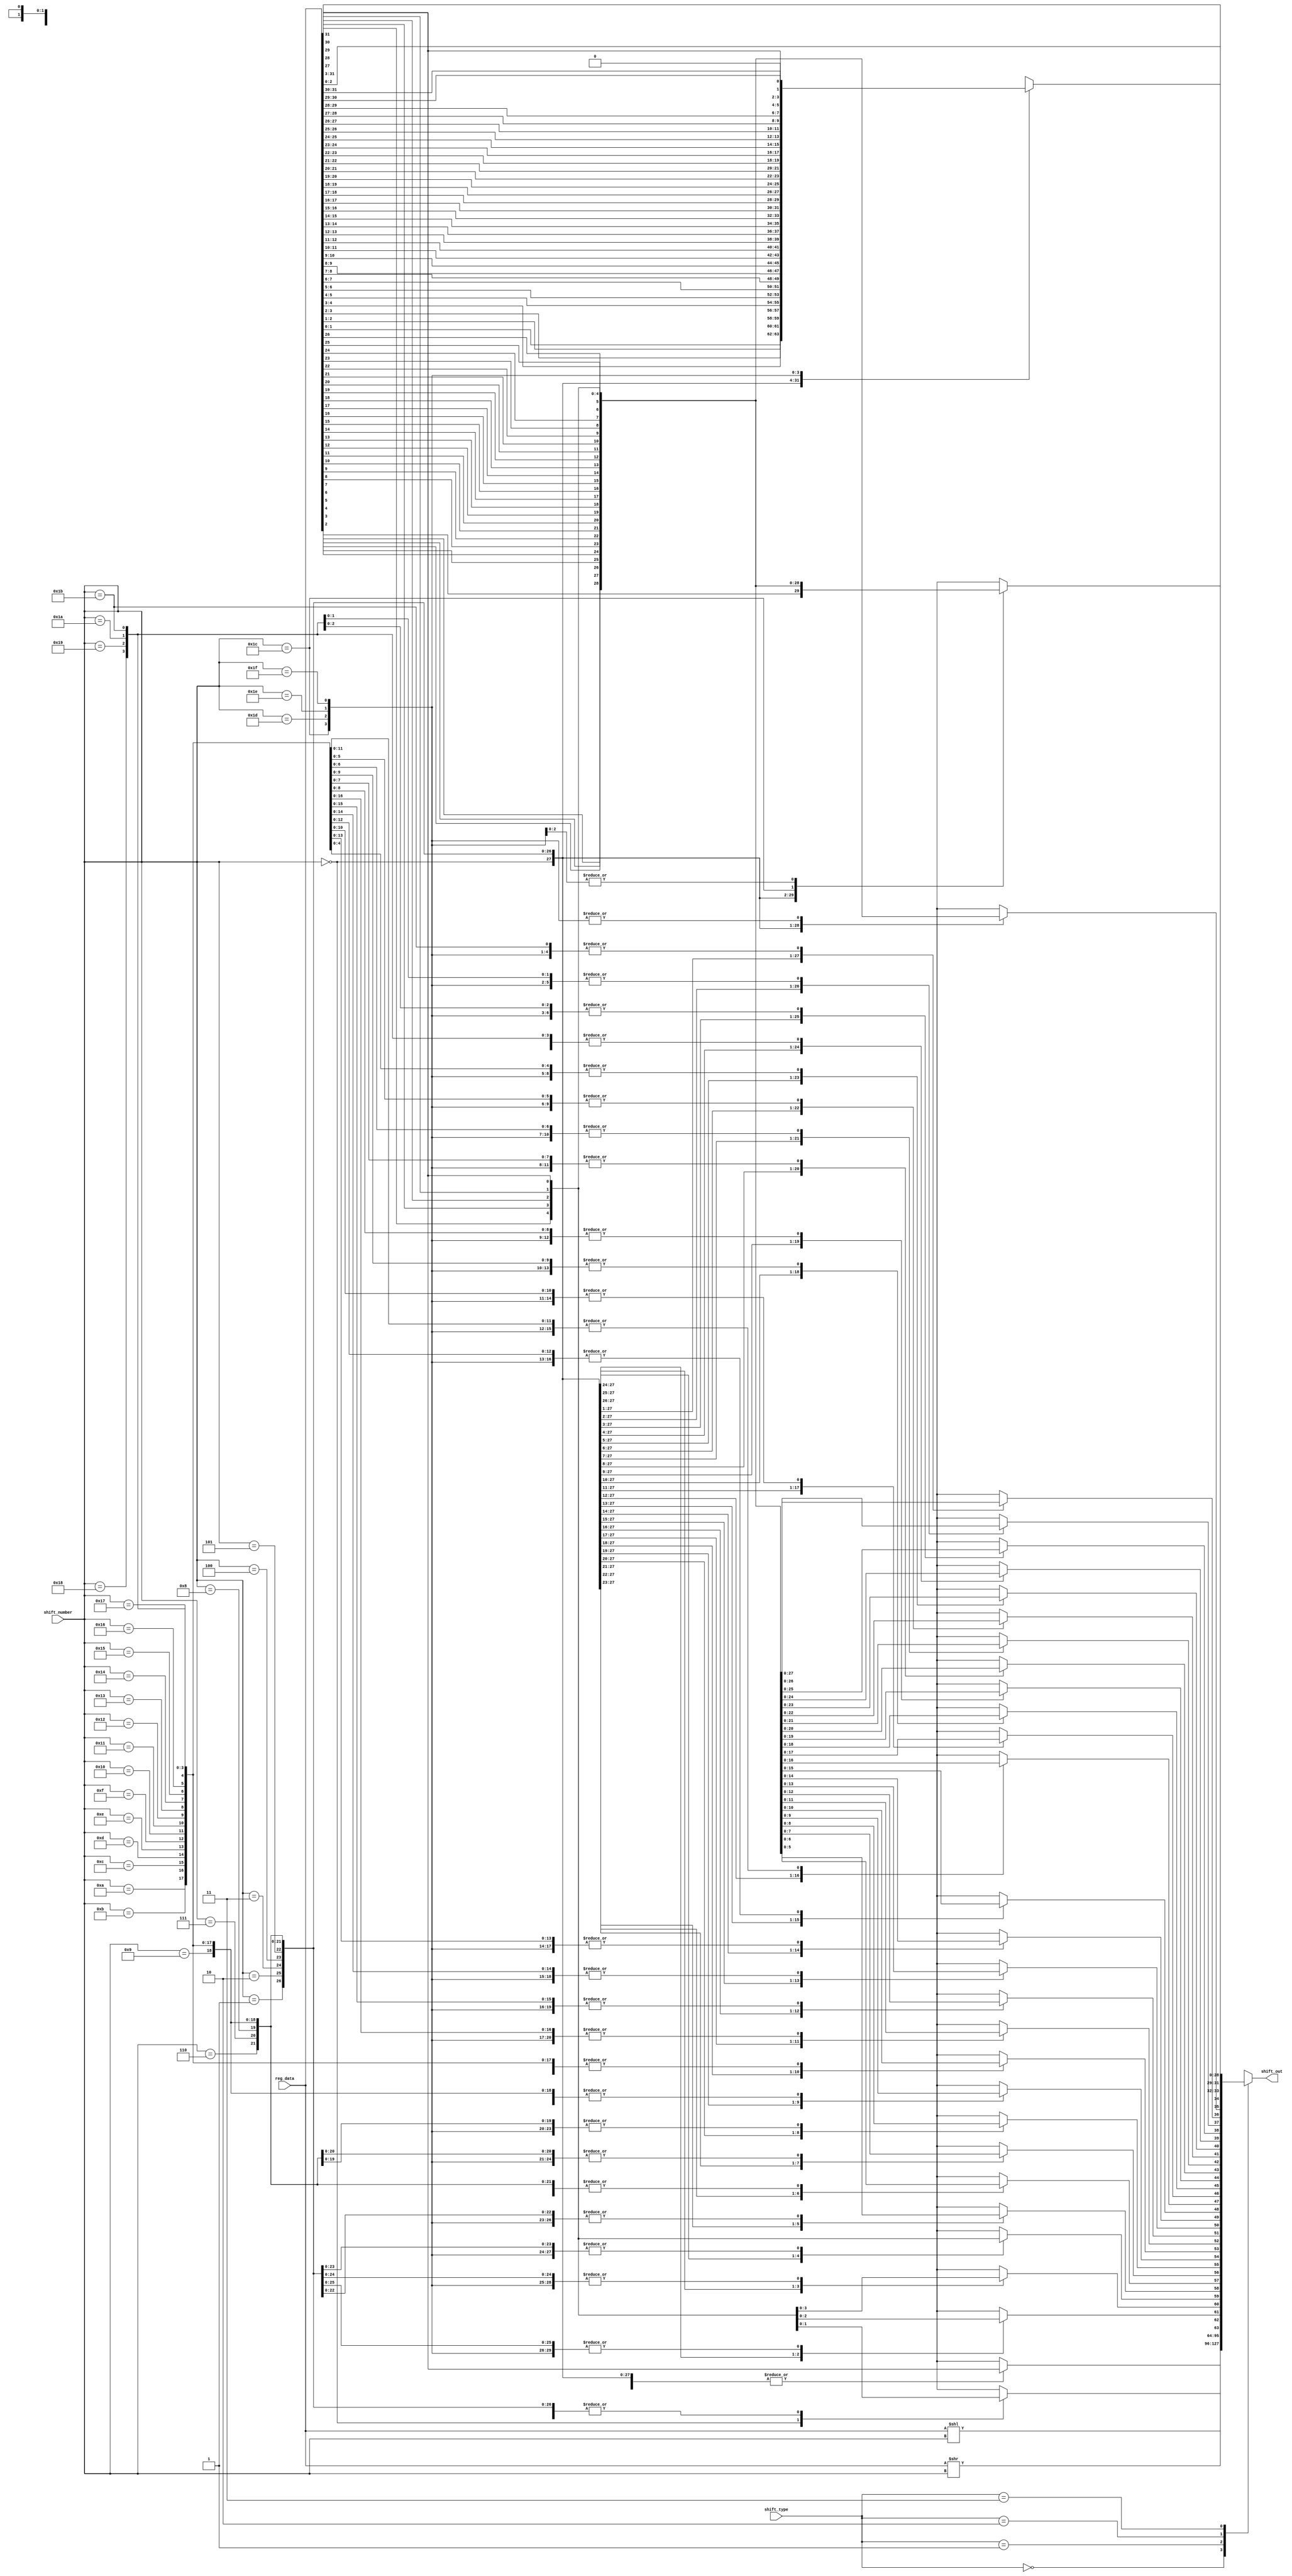
module shift(shift_type,shift_number,reg_data,shift_out);

input [1:0]shift_type;
input [4:0]shift_number;
input [31:0]reg_data;
output [31:0]shift_out;


reg [31:0]shift_out;
reg [31:0]temp;
reg [31:0]temp2,temp3;


always@(*)begin

temp=reg_data;
	case(shift_type)
		2'b00:
				shift_out=temp<<shift_number;
		2'b01:
				shift_out=temp>>shift_number;
		2'b10:begin
				case(shift_number)
				5'b00000:shift_out=reg_data;
				5'b00001:begin
							shift_out=temp>>1;
							shift_out[31]=reg_data[31];
							end
				5'b00010:begin
							shift_out=temp>>2;
							shift_out[31]=reg_data[31];
							shift_out[30]=reg_data[31];
							end
				5'b00011:begin
							shift_out=temp>>3;
							shift_out[31]=reg_data[31];
							shift_out[30]=reg_data[31];
							shift_out[29]=reg_data[31];
							end
				5'b00100:begin
							shift_out=temp>>4;
							shift_out[31]=reg_data[31];
							shift_out[30]=reg_data[31];
							shift_out[29]=reg_data[31];
							shift_out[28]=reg_data[31];
							end
				5'b00101:begin
							shift_out=temp>>5;
							shift_out[31]=reg_data[31];
							shift_out[30]=reg_data[31];
							shift_out[29]=reg_data[31];
							shift_out[28]=reg_data[31];
							shift_out[27]=reg_data[31];
							end
				5'b00110:begin
							shift_out=temp>>6;
							shift_out[31]=reg_data[31];
							shift_out[30]=reg_data[31];
							shift_out[29]=reg_data[31];
							shift_out[28]=reg_data[31];
							shift_out[27]=reg_data[31];
							shift_out[26]=reg_data[31];
							end
				5'b00111:begin
							shift_out=temp>>7;
							shift_out[31]=reg_data[31];
							shift_out[30]=reg_data[31];
							shift_out[29]=reg_data[31];
							shift_out[28]=reg_data[31];
							shift_out[27]=reg_data[31];
							shift_out[26]=reg_data[31];
							shift_out[25]=reg_data[31];
							end
				5'b01000:begin
							shift_out=temp>>8;
							shift_out[31]=reg_data[31];
							shift_out[30]=reg_data[31];
							shift_out[29]=reg_data[31];
							shift_out[28]=reg_data[31];
							shift_out[27]=reg_data[31];
							shift_out[26]=reg_data[31];
							shift_out[25]=reg_data[31];
							shift_out[24]=reg_data[31];
							end
				5'b01001:begin
							shift_out=temp>>9;
							shift_out[31]=reg_data[31];
							shift_out[30]=reg_data[31];
							shift_out[29]=reg_data[31];
							shift_out[28]=reg_data[31];
							shift_out[27]=reg_data[31];
							shift_out[26]=reg_data[31];
							shift_out[25]=reg_data[31];
							shift_out[24]=reg_data[31];
							shift_out[23]=reg_data[31];
							end
				5'b01010:begin
							shift_out=temp>>10;
							shift_out[31]=reg_data[31];
							shift_out[30]=reg_data[31];
							shift_out[29]=reg_data[31];
							shift_out[28]=reg_data[31];
							shift_out[27]=reg_data[31];
							shift_out[26]=reg_data[31];
							shift_out[25]=reg_data[31];
							shift_out[24]=reg_data[31];
							shift_out[23]=reg_data[31];
							shift_out[22]=reg_data[31];
							end
				5'b01011:begin
							shift_out=temp>>11;
							shift_out[31]=reg_data[31];
							shift_out[30]=reg_data[31];
							shift_out[29]=reg_data[31];
							shift_out[28]=reg_data[31];
							shift_out[27]=reg_data[31];
							shift_out[26]=reg_data[31];
							shift_out[25]=reg_data[31];
							shift_out[24]=reg_data[31];
							shift_out[23]=reg_data[31];
							shift_out[22]=reg_data[31];
							shift_out[21]=reg_data[31];
							end
				5'b01100:begin
							shift_out=temp>>12;
							shift_out[31]=reg_data[31];
							shift_out[30]=reg_data[31];
							shift_out[29]=reg_data[31];
							shift_out[28]=reg_data[31];
							shift_out[27]=reg_data[31];
							shift_out[26]=reg_data[31];
							shift_out[25]=reg_data[31];
							shift_out[24]=reg_data[31];
							shift_out[23]=reg_data[31];
							shift_out[22]=reg_data[31];
							shift_out[21]=reg_data[31];
							shift_out[20]=reg_data[31];
							end
				5'b01101:begin
							shift_out=temp>>13;
							shift_out[31]=reg_data[31];
							shift_out[30]=reg_data[31];
							shift_out[29]=reg_data[31];
							shift_out[28]=reg_data[31];
							shift_out[27]=reg_data[31];
							shift_out[26]=reg_data[31];
							shift_out[25]=reg_data[31];
							shift_out[24]=reg_data[31];
							shift_out[23]=reg_data[31];
							shift_out[22]=reg_data[31];
							shift_out[21]=reg_data[31];
							shift_out[20]=reg_data[31];
							shift_out[19]=reg_data[31];
							end
				5'b01110:begin
							shift_out=temp>>14;
							shift_out[31]=reg_data[31];
							shift_out[30]=reg_data[31];
							shift_out[29]=reg_data[31];
							shift_out[28]=reg_data[31];
							shift_out[27]=reg_data[31];
							shift_out[26]=reg_data[31];
							shift_out[25]=reg_data[31];
							shift_out[24]=reg_data[31];
							shift_out[23]=reg_data[31];
							shift_out[22]=reg_data[31];
							shift_out[21]=reg_data[31];
							shift_out[20]=reg_data[31];
							shift_out[19]=reg_data[31];
							shift_out[18]=reg_data[31];
							end
				5'b01111:begin
							shift_out=temp>>15;
							shift_out[31]=reg_data[31];
							shift_out[30]=reg_data[31];
							shift_out[29]=reg_data[31];
							shift_out[28]=reg_data[31];
							shift_out[27]=reg_data[31];
							shift_out[26]=reg_data[31];
							shift_out[25]=reg_data[31];
							shift_out[24]=reg_data[31];
							shift_out[23]=reg_data[31];
							shift_out[22]=reg_data[31];
							shift_out[21]=reg_data[31];
							shift_out[20]=reg_data[31];
							shift_out[19]=reg_data[31];
							shift_out[18]=reg_data[31];
							shift_out[17]=reg_data[31];
							end
				5'b10000:begin
							shift_out=temp>>16;
							shift_out[31]=reg_data[31];
							shift_out[30]=reg_data[31];
							shift_out[29]=reg_data[31];
							shift_out[28]=reg_data[31];
							shift_out[27]=reg_data[31];
							shift_out[26]=reg_data[31];
							shift_out[25]=reg_data[31];
							shift_out[24]=reg_data[31];
							shift_out[23]=reg_data[31];
							shift_out[22]=reg_data[31];
							shift_out[21]=reg_data[31];
							shift_out[20]=reg_data[31];
							shift_out[19]=reg_data[31];
							shift_out[18]=reg_data[31];
							shift_out[17]=reg_data[31];
							shift_out[16]=reg_data[31];
							end
				5'b10001:begin
							shift_out=temp>>17;
							shift_out[31]=reg_data[31];
							shift_out[30]=reg_data[31];
							shift_out[29]=reg_data[31];
							shift_out[28]=reg_data[31];
							shift_out[27]=reg_data[31];
							shift_out[26]=reg_data[31];
							shift_out[25]=reg_data[31];
							shift_out[24]=reg_data[31];
							shift_out[23]=reg_data[31];
							shift_out[22]=reg_data[31];
							shift_out[21]=reg_data[31];
							shift_out[20]=reg_data[31];
							shift_out[19]=reg_data[31];
							shift_out[18]=reg_data[31];
							shift_out[17]=reg_data[31];
							shift_out[16]=reg_data[31];
							shift_out[15]=reg_data[31];
							end
				5'b10010:begin
							shift_out=temp>>18;
							shift_out[31]=reg_data[31];
							shift_out[30]=reg_data[31];
							shift_out[29]=reg_data[31];
							shift_out[28]=reg_data[31];
							shift_out[27]=reg_data[31];
							shift_out[26]=reg_data[31];
							shift_out[25]=reg_data[31];
							shift_out[24]=reg_data[31];
							shift_out[23]=reg_data[31];
							shift_out[22]=reg_data[31];
							shift_out[21]=reg_data[31];
							shift_out[20]=reg_data[31];
							shift_out[19]=reg_data[31];
							shift_out[18]=reg_data[31];
							shift_out[17]=reg_data[31];
							shift_out[16]=reg_data[31];
							shift_out[15]=reg_data[31];
							shift_out[14]=reg_data[31];
							end
				5'b10011:begin
							shift_out=temp>>19;
							shift_out[31]=reg_data[31];
							shift_out[30]=reg_data[31];
							shift_out[29]=reg_data[31];
							shift_out[28]=reg_data[31];
							shift_out[27]=reg_data[31];
							shift_out[26]=reg_data[31];
							shift_out[25]=reg_data[31];
							shift_out[24]=reg_data[31];
							shift_out[23]=reg_data[31];
							shift_out[22]=reg_data[31];
							shift_out[21]=reg_data[31];
							shift_out[20]=reg_data[31];
							shift_out[19]=reg_data[31];
							shift_out[18]=reg_data[31];
							shift_out[17]=reg_data[31];
							shift_out[16]=reg_data[31];
							shift_out[15]=reg_data[31];
							shift_out[14]=reg_data[31];
							shift_out[13]=reg_data[31];
							end
				5'b10100:begin
							shift_out=temp>>20;
							shift_out[31]=reg_data[31];
							shift_out[30]=reg_data[31];
							shift_out[29]=reg_data[31];
							shift_out[28]=reg_data[31];
							shift_out[27]=reg_data[31];
							shift_out[26]=reg_data[31];
							shift_out[25]=reg_data[31];
							shift_out[24]=reg_data[31];
							shift_out[23]=reg_data[31];
							shift_out[22]=reg_data[31];
							shift_out[21]=reg_data[31];
							shift_out[20]=reg_data[31];
							shift_out[19]=reg_data[31];
							shift_out[18]=reg_data[31];
							shift_out[17]=reg_data[31];
							shift_out[16]=reg_data[31];
							shift_out[15]=reg_data[31];
							shift_out[14]=reg_data[31];
							shift_out[13]=reg_data[31];
							shift_out[12]=reg_data[31];
							end
				5'b10101:begin
							shift_out=temp>>21;
							shift_out[31]=reg_data[31];
							shift_out[30]=reg_data[31];
							shift_out[29]=reg_data[31];
							shift_out[28]=reg_data[31];
							shift_out[27]=reg_data[31];
							shift_out[26]=reg_data[31];
							shift_out[25]=reg_data[31];
							shift_out[24]=reg_data[31];
							shift_out[23]=reg_data[31];
							shift_out[22]=reg_data[31];
							shift_out[21]=reg_data[31];
							shift_out[20]=reg_data[31];
							shift_out[19]=reg_data[31];
							shift_out[18]=reg_data[31];
							shift_out[17]=reg_data[31];
							shift_out[16]=reg_data[31];
							shift_out[15]=reg_data[31];
							shift_out[14]=reg_data[31];
							shift_out[13]=reg_data[31];
							shift_out[12]=reg_data[31];
							shift_out[11]=reg_data[31];
							end
				5'b10110:begin
							shift_out=temp>>22;
							shift_out[31]=reg_data[31];
							shift_out[30]=reg_data[31];
							shift_out[29]=reg_data[31];
							shift_out[28]=reg_data[31];
							shift_out[27]=reg_data[31];
							shift_out[26]=reg_data[31];
							shift_out[25]=reg_data[31];
							shift_out[24]=reg_data[31];
							shift_out[23]=reg_data[31];
							shift_out[22]=reg_data[31];
							shift_out[21]=reg_data[31];
							shift_out[20]=reg_data[31];
							shift_out[19]=reg_data[31];
							shift_out[18]=reg_data[31];
							shift_out[17]=reg_data[31];
							shift_out[16]=reg_data[31];
							shift_out[15]=reg_data[31];
							shift_out[14]=reg_data[31];
							shift_out[13]=reg_data[31];
							shift_out[12]=reg_data[31];
							shift_out[11]=reg_data[31];
							shift_out[10]=reg_data[31];
							end
				5'b10111:begin
							shift_out=temp>>23;
							shift_out[31]=reg_data[31];
							shift_out[30]=reg_data[31];
							shift_out[29]=reg_data[31];
							shift_out[28]=reg_data[31];
							shift_out[27]=reg_data[31];
							shift_out[26]=reg_data[31];
							shift_out[25]=reg_data[31];
							shift_out[24]=reg_data[31];
							shift_out[23]=reg_data[31];
							shift_out[22]=reg_data[31];
							shift_out[21]=reg_data[31];
							shift_out[20]=reg_data[31];
							shift_out[19]=reg_data[31];
							shift_out[18]=reg_data[31];
							shift_out[17]=reg_data[31];
							shift_out[16]=reg_data[31];
							shift_out[15]=reg_data[31];
							shift_out[14]=reg_data[31];
							shift_out[13]=reg_data[31];
							shift_out[12]=reg_data[31];
							shift_out[11]=reg_data[31];
							shift_out[10]=reg_data[31];
							shift_out[9]=reg_data[31];
							end
				5'b11000:begin
							shift_out=temp>>24;
							shift_out[31]=reg_data[31];
							shift_out[30]=reg_data[31];
							shift_out[29]=reg_data[31];
							shift_out[28]=reg_data[31];
							shift_out[27]=reg_data[31];
							shift_out[26]=reg_data[31];
							shift_out[25]=reg_data[31];
							shift_out[24]=reg_data[31];
							shift_out[23]=reg_data[31];
							shift_out[22]=reg_data[31];
							shift_out[21]=reg_data[31];
							shift_out[20]=reg_data[31];
							shift_out[19]=reg_data[31];
							shift_out[18]=reg_data[31];
							shift_out[17]=reg_data[31];
							shift_out[16]=reg_data[31];
							shift_out[15]=reg_data[31];
							shift_out[14]=reg_data[31];
							shift_out[13]=reg_data[31];
							shift_out[12]=reg_data[31];
							shift_out[11]=reg_data[31];
							shift_out[10]=reg_data[31];
							shift_out[9]=reg_data[31];
							shift_out[8]=reg_data[31];
							end
				5'b11001:begin
							shift_out=temp>>25;
							shift_out[31]=reg_data[31];
							shift_out[30]=reg_data[31];
							shift_out[29]=reg_data[31];
							shift_out[28]=reg_data[31];
							shift_out[27]=reg_data[31];
							shift_out[26]=reg_data[31];
							shift_out[25]=reg_data[31];
							shift_out[24]=reg_data[31];
							shift_out[23]=reg_data[31];
							shift_out[22]=reg_data[31];
							shift_out[21]=reg_data[31];
							shift_out[20]=reg_data[31];
							shift_out[19]=reg_data[31];
							shift_out[18]=reg_data[31];
							shift_out[17]=reg_data[31];
							shift_out[16]=reg_data[31];
							shift_out[15]=reg_data[31];
							shift_out[14]=reg_data[31];
							shift_out[13]=reg_data[31];
							shift_out[12]=reg_data[31];
							shift_out[11]=reg_data[31];
							shift_out[10]=reg_data[31];
							shift_out[9]=reg_data[31];
							shift_out[8]=reg_data[31];
							shift_out[7]=reg_data[31];
							end
				5'b11010:begin
							shift_out=temp>>26;
							shift_out[31]=reg_data[31];
							shift_out[30]=reg_data[31];
							shift_out[29]=reg_data[31];
							shift_out[28]=reg_data[31];
							shift_out[27]=reg_data[31];
							shift_out[26]=reg_data[31];
							shift_out[25]=reg_data[31];
							shift_out[24]=reg_data[31];
							shift_out[23]=reg_data[31];
							shift_out[22]=reg_data[31];
							shift_out[21]=reg_data[31];
							shift_out[20]=reg_data[31];
							shift_out[19]=reg_data[31];
							shift_out[18]=reg_data[31];
							shift_out[17]=reg_data[31];
							shift_out[16]=reg_data[31];
							shift_out[15]=reg_data[31];
							shift_out[14]=reg_data[31];
							shift_out[13]=reg_data[31];
							shift_out[12]=reg_data[31];
							shift_out[11]=reg_data[31];
							shift_out[10]=reg_data[31];
							shift_out[9]=reg_data[31];
							shift_out[8]=reg_data[31];
							shift_out[7]=reg_data[31];
							shift_out[6]=reg_data[31];
							end
				5'b11011:begin
							shift_out=temp>>27;
							shift_out[31]=reg_data[31];
							shift_out[30]=reg_data[31];
							shift_out[29]=reg_data[31];
							shift_out[28]=reg_data[31];
							shift_out[27]=reg_data[31];
							shift_out[26]=reg_data[31];
							shift_out[25]=reg_data[31];
							shift_out[24]=reg_data[31];
							shift_out[23]=reg_data[31];
							shift_out[22]=reg_data[31];
							shift_out[21]=reg_data[31];
							shift_out[20]=reg_data[31];
							shift_out[19]=reg_data[31];
							shift_out[18]=reg_data[31];
							shift_out[17]=reg_data[31];
							shift_out[16]=reg_data[31];
							shift_out[15]=reg_data[31];
							shift_out[14]=reg_data[31];
							shift_out[13]=reg_data[31];
							shift_out[12]=reg_data[31];
							shift_out[11]=reg_data[31];
							shift_out[10]=reg_data[31];
							shift_out[9]=reg_data[31];
							shift_out[8]=reg_data[31];
							shift_out[7]=reg_data[31];
							shift_out[6]=reg_data[31];
							shift_out[5]=reg_data[31];
							end
				5'b11100:begin
							shift_out=temp>>28;
							shift_out[31]=reg_data[31];
							shift_out[30]=reg_data[31];
							shift_out[29]=reg_data[31];
							shift_out[28]=reg_data[31];
							shift_out[27]=reg_data[31];
							shift_out[26]=reg_data[31];
							shift_out[25]=reg_data[31];
							shift_out[24]=reg_data[31];
							shift_out[23]=reg_data[31];
							shift_out[22]=reg_data[31];
							shift_out[21]=reg_data[31];
							shift_out[20]=reg_data[31];
							shift_out[19]=reg_data[31];
							shift_out[18]=reg_data[31];
							shift_out[17]=reg_data[31];
							shift_out[16]=reg_data[31];
							shift_out[15]=reg_data[31];
							shift_out[14]=reg_data[31];
							shift_out[13]=reg_data[31];
							shift_out[12]=reg_data[31];
							shift_out[11]=reg_data[31];
							shift_out[10]=reg_data[31];
							shift_out[9]=reg_data[31];
							shift_out[8]=reg_data[31];
							shift_out[7]=reg_data[31];
							shift_out[6]=reg_data[31];
							shift_out[5]=reg_data[31];
							shift_out[4]=reg_data[31];
							end
				5'b11101:begin
							shift_out=temp>>29;
							shift_out[31]=reg_data[31];
							shift_out[30]=reg_data[31];
							shift_out[29]=reg_data[31];
							shift_out[28]=reg_data[31];
							shift_out[27]=reg_data[31];
							shift_out[26]=reg_data[31];
							shift_out[25]=reg_data[31];
							shift_out[24]=reg_data[31];
							shift_out[23]=reg_data[31];
							shift_out[22]=reg_data[31];
							shift_out[21]=reg_data[31];
							shift_out[20]=reg_data[31];
							shift_out[19]=reg_data[31];
							shift_out[18]=reg_data[31];
							shift_out[17]=reg_data[31];
							shift_out[16]=reg_data[31];
							shift_out[15]=reg_data[31];
							shift_out[14]=reg_data[31];
							shift_out[13]=reg_data[31];
							shift_out[12]=reg_data[31];
							shift_out[11]=reg_data[31];
							shift_out[10]=reg_data[31];
							shift_out[9]=reg_data[31];
							shift_out[8]=reg_data[31];
							shift_out[7]=reg_data[31];
							shift_out[6]=reg_data[31];
							shift_out[5]=reg_data[31];
							shift_out[4]=reg_data[31];
							shift_out[3]=reg_data[31];
							end		
				5'b11110:begin
							shift_out=temp>>30;
							shift_out[31]=reg_data[31];
							shift_out[30]=reg_data[31];
							shift_out[29]=reg_data[31];
							shift_out[28]=reg_data[31];
							shift_out[27]=reg_data[31];
							shift_out[26]=reg_data[31];
							shift_out[25]=reg_data[31];
							shift_out[24]=reg_data[31];
							shift_out[23]=reg_data[31];
							shift_out[22]=reg_data[31];
							shift_out[21]=reg_data[31];
							shift_out[20]=reg_data[31];
							shift_out[19]=reg_data[31];
							shift_out[18]=reg_data[31];
							shift_out[17]=reg_data[31];
							shift_out[16]=reg_data[31];
							shift_out[15]=reg_data[31];
							shift_out[14]=reg_data[31];
							shift_out[13]=reg_data[31];
							shift_out[12]=reg_data[31];
							shift_out[11]=reg_data[31];
							shift_out[10]=reg_data[31];
							shift_out[9]=reg_data[31];
							shift_out[8]=reg_data[31];
							shift_out[7]=reg_data[31];
							shift_out[6]=reg_data[31];
							shift_out[5]=reg_data[31];
							shift_out[4]=reg_data[31];
							shift_out[3]=reg_data[31];
							shift_out[2]=reg_data[31];
							end	
				5'b11111:begin
							shift_out=temp>>31;
							shift_out[31]=reg_data[31];
							shift_out[30]=reg_data[31];
							shift_out[29]=reg_data[31];
							shift_out[28]=reg_data[31];
							shift_out[27]=reg_data[31];
							shift_out[26]=reg_data[31];
							shift_out[25]=reg_data[31];
							shift_out[24]=reg_data[31];
							shift_out[23]=reg_data[31];
							shift_out[22]=reg_data[31];
							shift_out[21]=reg_data[31];
							shift_out[20]=reg_data[31];
							shift_out[19]=reg_data[31];
							shift_out[18]=reg_data[31];
							shift_out[17]=reg_data[31];
							shift_out[16]=reg_data[31];
							shift_out[15]=reg_data[31];
							shift_out[14]=reg_data[31];
							shift_out[13]=reg_data[31];
							shift_out[12]=reg_data[31];
							shift_out[11]=reg_data[31];
							shift_out[10]=reg_data[31];
							shift_out[9]=reg_data[31];
							shift_out[8]=reg_data[31];
							shift_out[7]=reg_data[31];
							shift_out[6]=reg_data[31];
							shift_out[5]=reg_data[31];
							shift_out[4]=reg_data[31];
							shift_out[3]=reg_data[31];
							shift_out[2]=reg_data[31];
							end									
					endcase
				end
				
		2'b11:begin
				case(shift_type)
				5'b00000:shift_out=reg_data;
				5'b00001:begin
							shift_out=temp>>1;
							shift_out[31]=reg_data[0];
							end
				5'b00010:begin
							shift_out=temp>>2;
							shift_out[31]=reg_data[1];
							shift_out[30]=reg_data[0];
							end
				5'b00011:begin
							shift_out=temp>>3;
							shift_out[31]=reg_data[2];
							shift_out[30]=reg_data[1];
							shift_out[29]=reg_data[0];
							end
				5'b00100:begin
							shift_out=temp>>4;
							shift_out[31]=reg_data[3];
							shift_out[30]=reg_data[2];
							shift_out[29]=reg_data[1];
							shift_out[28]=reg_data[0];
							end
				5'b00101:begin
							shift_out=temp>>5;
							shift_out[31]=reg_data[4];
							shift_out[30]=reg_data[3];
							shift_out[29]=reg_data[2];
							shift_out[28]=reg_data[1];
							shift_out[27]=reg_data[0];
							end
				5'b00110:begin
							shift_out=temp>>6;
							shift_out[31]=reg_data[5];
							shift_out[30]=reg_data[4];
							shift_out[29]=reg_data[3];
							shift_out[28]=reg_data[2];
							shift_out[27]=reg_data[1];
							shift_out[26]=reg_data[0];
							end
				5'b00111:begin
							shift_out=temp>>7;
							shift_out[31]=reg_data[6];
							shift_out[30]=reg_data[5];
							shift_out[29]=reg_data[4];
							shift_out[28]=reg_data[3];
							shift_out[27]=reg_data[2];
							shift_out[26]=reg_data[1];
							shift_out[25]=reg_data[0];
							end
				5'b01000:begin
							shift_out=temp>>8;
							shift_out[31]=reg_data[7];
							shift_out[30]=reg_data[6];
							shift_out[29]=reg_data[5];
							shift_out[28]=reg_data[4];
							shift_out[27]=reg_data[3];
							shift_out[26]=reg_data[2];
							shift_out[25]=reg_data[1];
							shift_out[24]=reg_data[0];
							end
				5'b01001:begin
							shift_out=temp>>9;
							shift_out[31]=reg_data[8];
							shift_out[30]=reg_data[7];
							shift_out[29]=reg_data[6];
							shift_out[28]=reg_data[5];
							shift_out[27]=reg_data[4];
							shift_out[26]=reg_data[3];
							shift_out[25]=reg_data[2];
							shift_out[24]=reg_data[1];
							shift_out[23]=reg_data[0];
							end
				5'b01010:begin
							shift_out=temp>>10;
							shift_out[31]=reg_data[9];
							shift_out[30]=reg_data[8];
							shift_out[29]=reg_data[7];
							shift_out[28]=reg_data[6];
							shift_out[27]=reg_data[5];
							shift_out[26]=reg_data[4];
							shift_out[25]=reg_data[3];
							shift_out[24]=reg_data[2];
							shift_out[23]=reg_data[1];
							shift_out[22]=reg_data[0];
							end
				5'b01011:begin
							shift_out=temp>>11;
							shift_out[31]=reg_data[10];
							shift_out[30]=reg_data[9];
							shift_out[29]=reg_data[8];
							shift_out[28]=reg_data[7];
							shift_out[27]=reg_data[6];
							shift_out[26]=reg_data[5];
							shift_out[25]=reg_data[4];
							shift_out[24]=reg_data[3];
							shift_out[23]=reg_data[2];
							shift_out[22]=reg_data[1];
							shift_out[21]=reg_data[0];
							end
				5'b01100:begin
							shift_out=temp>>12;
							shift_out[31]=reg_data[11];
							shift_out[30]=reg_data[10];
							shift_out[29]=reg_data[9];
							shift_out[28]=reg_data[8];
							shift_out[27]=reg_data[7];
							shift_out[26]=reg_data[6];
							shift_out[25]=reg_data[5];
							shift_out[24]=reg_data[4];
							shift_out[23]=reg_data[3];
							shift_out[22]=reg_data[2];
							shift_out[21]=reg_data[1];
							shift_out[20]=reg_data[0];
							end
				5'b01101:begin
							shift_out=temp>>13;
							shift_out[31]=reg_data[12];
							shift_out[30]=reg_data[11];
							shift_out[29]=reg_data[10];
							shift_out[28]=reg_data[9];
							shift_out[27]=reg_data[8];
							shift_out[26]=reg_data[7];
							shift_out[25]=reg_data[6];
							shift_out[24]=reg_data[5];
							shift_out[23]=reg_data[4];
							shift_out[22]=reg_data[3];
							shift_out[21]=reg_data[2];
							shift_out[20]=reg_data[1];
							shift_out[19]=reg_data[0];
							end
				5'b01110:begin
							shift_out=temp>>14;
							shift_out[31]=reg_data[13];
							shift_out[30]=reg_data[12];
							shift_out[29]=reg_data[11];
							shift_out[28]=reg_data[10];
							shift_out[27]=reg_data[9];
							shift_out[26]=reg_data[8];
							shift_out[25]=reg_data[7];
							shift_out[24]=reg_data[6];
							shift_out[23]=reg_data[5];
							shift_out[22]=reg_data[4];
							shift_out[21]=reg_data[3];
							shift_out[20]=reg_data[2];
							shift_out[19]=reg_data[1];
							shift_out[18]=reg_data[0];
							end
				5'b01111:begin
							shift_out=temp>>15;
							shift_out[31]=reg_data[14];
							shift_out[30]=reg_data[13];
							shift_out[29]=reg_data[12];
							shift_out[28]=reg_data[11];
							shift_out[27]=reg_data[10];
							shift_out[26]=reg_data[9];
							shift_out[25]=reg_data[8];
							shift_out[24]=reg_data[7];
							shift_out[23]=reg_data[6];
							shift_out[22]=reg_data[5];
							shift_out[21]=reg_data[4];
							shift_out[20]=reg_data[3];
							shift_out[19]=reg_data[2];
							shift_out[18]=reg_data[1];
							shift_out[17]=reg_data[0];
							end
				5'b10000:begin
							shift_out=temp>>16;
							shift_out[31]=reg_data[15];
							shift_out[30]=reg_data[14];
							shift_out[29]=reg_data[13];
							shift_out[28]=reg_data[12];
							shift_out[27]=reg_data[11];
							shift_out[26]=reg_data[10];
							shift_out[25]=reg_data[9];
							shift_out[24]=reg_data[8];
							shift_out[23]=reg_data[7];
							shift_out[22]=reg_data[6];
							shift_out[21]=reg_data[5];
							shift_out[20]=reg_data[4];
							shift_out[19]=reg_data[3];
							shift_out[18]=reg_data[2];
							shift_out[17]=reg_data[1];
							shift_out[16]=reg_data[0];
							end
				5'b10001:begin
							shift_out=temp>>17;
							shift_out[31]=reg_data[16];
							shift_out[30]=reg_data[15];
							shift_out[29]=reg_data[14];
							shift_out[28]=reg_data[13];
							shift_out[27]=reg_data[12];
							shift_out[26]=reg_data[11];
							shift_out[25]=reg_data[10];
							shift_out[24]=reg_data[9];
							shift_out[23]=reg_data[8];
							shift_out[22]=reg_data[7];
							shift_out[21]=reg_data[6];
							shift_out[20]=reg_data[5];
							shift_out[19]=reg_data[4];
							shift_out[18]=reg_data[3];
							shift_out[17]=reg_data[2];
							shift_out[16]=reg_data[1];
							shift_out[15]=reg_data[0];
							end
				5'b10010:begin
							shift_out=temp>>18;
							shift_out[31]=reg_data[17];
							shift_out[30]=reg_data[16];
							shift_out[29]=reg_data[15];
							shift_out[28]=reg_data[14];
							shift_out[27]=reg_data[13];
							shift_out[26]=reg_data[12];
							shift_out[25]=reg_data[11];
							shift_out[24]=reg_data[10];
							shift_out[23]=reg_data[9];
							shift_out[22]=reg_data[8];
							shift_out[21]=reg_data[7];
							shift_out[20]=reg_data[6];
							shift_out[19]=reg_data[5];
							shift_out[18]=reg_data[4];
							shift_out[17]=reg_data[3];
							shift_out[16]=reg_data[2];
							shift_out[15]=reg_data[1];
							shift_out[14]=reg_data[0];
							end
				5'b10011:begin
							shift_out=temp>>19;
							shift_out[31]=reg_data[18];
							shift_out[30]=reg_data[17];
							shift_out[29]=reg_data[16];
							shift_out[28]=reg_data[15];
							shift_out[27]=reg_data[14];
							shift_out[26]=reg_data[13];
							shift_out[25]=reg_data[12];
							shift_out[24]=reg_data[11];
							shift_out[23]=reg_data[10];
							shift_out[22]=reg_data[9];
							shift_out[21]=reg_data[8];
							shift_out[20]=reg_data[7];
							shift_out[19]=reg_data[6];
							shift_out[18]=reg_data[5];
							shift_out[17]=reg_data[4];
							shift_out[16]=reg_data[3];
							shift_out[15]=reg_data[2];
							shift_out[14]=reg_data[1];
							shift_out[13]=reg_data[0];
							end
				5'b10100:begin
							shift_out=temp>>20;
							shift_out[31]=reg_data[19];
							shift_out[30]=reg_data[18];
							shift_out[29]=reg_data[17];
							shift_out[28]=reg_data[16];
							shift_out[27]=reg_data[15];
							shift_out[26]=reg_data[14];
							shift_out[25]=reg_data[13];
							shift_out[24]=reg_data[12];
							shift_out[23]=reg_data[11];
							shift_out[22]=reg_data[10];
							shift_out[21]=reg_data[9];
							shift_out[20]=reg_data[8];
							shift_out[19]=reg_data[7];
							shift_out[18]=reg_data[6];
							shift_out[17]=reg_data[5];
							shift_out[16]=reg_data[4];
							shift_out[15]=reg_data[3];
							shift_out[14]=reg_data[2];
							shift_out[13]=reg_data[1];
							shift_out[12]=reg_data[0];
							end
				5'b10101:begin
							shift_out=temp>>21;
							shift_out[31]=reg_data[20];
							shift_out[30]=reg_data[19];
							shift_out[29]=reg_data[18];
							shift_out[28]=reg_data[17];
							shift_out[27]=reg_data[16];
							shift_out[26]=reg_data[15];
							shift_out[25]=reg_data[14];
							shift_out[24]=reg_data[13];
							shift_out[23]=reg_data[12];
							shift_out[22]=reg_data[11];
							shift_out[21]=reg_data[10];
							shift_out[20]=reg_data[9];
							shift_out[19]=reg_data[8];
							shift_out[18]=reg_data[7];
							shift_out[17]=reg_data[6];
							shift_out[16]=reg_data[5];
							shift_out[15]=reg_data[4];
							shift_out[14]=reg_data[3];
							shift_out[13]=reg_data[2];
							shift_out[12]=reg_data[1];
							shift_out[11]=reg_data[0];
							end
				5'b10110:begin
							shift_out=temp>>22;
							shift_out[31]=reg_data[21];
							shift_out[30]=reg_data[20];
							shift_out[29]=reg_data[19];
							shift_out[28]=reg_data[18];
							shift_out[27]=reg_data[17];
							shift_out[26]=reg_data[16];
							shift_out[25]=reg_data[15];
							shift_out[24]=reg_data[14];
							shift_out[23]=reg_data[13];
							shift_out[22]=reg_data[12];
							shift_out[21]=reg_data[11];
							shift_out[20]=reg_data[10];
							shift_out[19]=reg_data[9];
							shift_out[18]=reg_data[8];
							shift_out[17]=reg_data[7];
							shift_out[16]=reg_data[6];
							shift_out[15]=reg_data[5];
							shift_out[14]=reg_data[4];
							shift_out[13]=reg_data[3];
							shift_out[12]=reg_data[2];
							shift_out[11]=reg_data[1];
							shift_out[10]=reg_data[0];
							end
				5'b10111:begin
							shift_out=temp>>23;
							shift_out[31]=reg_data[22];
							shift_out[30]=reg_data[21];
							shift_out[29]=reg_data[20];
							shift_out[28]=reg_data[19];
							shift_out[27]=reg_data[18];
							shift_out[26]=reg_data[17];
							shift_out[25]=reg_data[16];
							shift_out[24]=reg_data[15];
							shift_out[23]=reg_data[14];
							shift_out[22]=reg_data[13];
							shift_out[21]=reg_data[12];
							shift_out[20]=reg_data[11];
							shift_out[19]=reg_data[10];
							shift_out[18]=reg_data[9];
							shift_out[17]=reg_data[8];
							shift_out[16]=reg_data[7];
							shift_out[15]=reg_data[6];
							shift_out[14]=reg_data[5];
							shift_out[13]=reg_data[4];
							shift_out[12]=reg_data[3];
							shift_out[11]=reg_data[2];
							shift_out[10]=reg_data[1];
							shift_out[9]=reg_data[0];
							end
				5'b11000:begin
							shift_out=temp>>24;
							shift_out[31]=reg_data[23];
							shift_out[30]=reg_data[22];
							shift_out[29]=reg_data[21];
							shift_out[28]=reg_data[20];
							shift_out[27]=reg_data[19];
							shift_out[26]=reg_data[18];
							shift_out[25]=reg_data[17];
							shift_out[24]=reg_data[16];
							shift_out[23]=reg_data[15];
							shift_out[22]=reg_data[14];
							shift_out[21]=reg_data[13];
							shift_out[20]=reg_data[12];
							shift_out[19]=reg_data[11];
							shift_out[18]=reg_data[10];
							shift_out[17]=reg_data[9];
							shift_out[16]=reg_data[8];
							shift_out[15]=reg_data[7];
							shift_out[14]=reg_data[6];
							shift_out[13]=reg_data[5];
							shift_out[12]=reg_data[4];
							shift_out[11]=reg_data[3];
							shift_out[10]=reg_data[2];
							shift_out[9]=reg_data[1];
							shift_out[8]=reg_data[0];
							end
				5'b11001:begin
							shift_out=temp>>25;
							shift_out[31]=reg_data[24];
							shift_out[30]=reg_data[23];
							shift_out[29]=reg_data[22];
							shift_out[28]=reg_data[21];
							shift_out[27]=reg_data[20];
							shift_out[26]=reg_data[19];
							shift_out[25]=reg_data[18];
							shift_out[24]=reg_data[17];
							shift_out[23]=reg_data[16];
							shift_out[22]=reg_data[15];
							shift_out[21]=reg_data[14];
							shift_out[20]=reg_data[13];
							shift_out[19]=reg_data[12];
							shift_out[18]=reg_data[11];
							shift_out[17]=reg_data[10];
							shift_out[16]=reg_data[9];
							shift_out[15]=reg_data[8];
							shift_out[14]=reg_data[7];
							shift_out[13]=reg_data[6];
							shift_out[12]=reg_data[5];
							shift_out[11]=reg_data[4];
							shift_out[10]=reg_data[3];
							shift_out[9]=reg_data[2];
							shift_out[8]=reg_data[1];
							shift_out[7]=reg_data[0];
							end
				5'b11010:begin
							shift_out=temp>>26;
							shift_out[31]=reg_data[25];
							shift_out[30]=reg_data[24];
							shift_out[29]=reg_data[23];
							shift_out[28]=reg_data[22];
							shift_out[27]=reg_data[21];
							shift_out[26]=reg_data[20];
							shift_out[25]=reg_data[19];
							shift_out[24]=reg_data[18];
							shift_out[23]=reg_data[17];
							shift_out[22]=reg_data[16];
							shift_out[21]=reg_data[15];
							shift_out[20]=reg_data[14];
							shift_out[19]=reg_data[13];
							shift_out[18]=reg_data[12];
							shift_out[17]=reg_data[11];
							shift_out[16]=reg_data[10];
							shift_out[15]=reg_data[9];
							shift_out[14]=reg_data[8];
							shift_out[13]=reg_data[7];
							shift_out[12]=reg_data[6];
							shift_out[11]=reg_data[5];
							shift_out[10]=reg_data[4];
							shift_out[9]=reg_data[3];
							shift_out[8]=reg_data[2];
							shift_out[7]=reg_data[1];
							shift_out[6]=reg_data[0];
							end
				5'b11011:begin
							shift_out=temp>>27;
							shift_out[31]=reg_data[26];
							shift_out[30]=reg_data[25];
							shift_out[29]=reg_data[24];
							shift_out[28]=reg_data[23];
							shift_out[27]=reg_data[22];
							shift_out[26]=reg_data[21];
							shift_out[25]=reg_data[20];
							shift_out[24]=reg_data[19];
							shift_out[23]=reg_data[18];
							shift_out[22]=reg_data[17];
							shift_out[21]=reg_data[16];
							shift_out[20]=reg_data[15];
							shift_out[19]=reg_data[14];
							shift_out[18]=reg_data[13];
							shift_out[17]=reg_data[12];
							shift_out[16]=reg_data[11];
							shift_out[15]=reg_data[10];
							shift_out[14]=reg_data[9];
							shift_out[13]=reg_data[8];
							shift_out[12]=reg_data[7];
							shift_out[11]=reg_data[6];
							shift_out[10]=reg_data[5];
							shift_out[9]=reg_data[4];
							shift_out[8]=reg_data[3];
							shift_out[7]=reg_data[2];
							shift_out[6]=reg_data[1];
							shift_out[5]=reg_data[0];
							end
				5'b11100:begin
							shift_out=temp>>28;
							shift_out[31]=reg_data[27];
							shift_out[30]=reg_data[26];
							shift_out[29]=reg_data[25];
							shift_out[28]=reg_data[24];
							shift_out[27]=reg_data[23];
							shift_out[26]=reg_data[22];
							shift_out[25]=reg_data[21];
							shift_out[24]=reg_data[20];
							shift_out[23]=reg_data[19];
							shift_out[22]=reg_data[18];
							shift_out[21]=reg_data[17];
							shift_out[20]=reg_data[16];
							shift_out[19]=reg_data[15];
							shift_out[18]=reg_data[14];
							shift_out[17]=reg_data[13];
							shift_out[16]=reg_data[12];
							shift_out[15]=reg_data[11];
							shift_out[14]=reg_data[10];
							shift_out[13]=reg_data[9];
							shift_out[12]=reg_data[8];
							shift_out[11]=reg_data[7];
							shift_out[10]=reg_data[6];
							shift_out[9]=reg_data[5];
							shift_out[8]=reg_data[4];
							shift_out[7]=reg_data[3];
							shift_out[6]=reg_data[2];
							shift_out[5]=reg_data[1];
							shift_out[4]=reg_data[0];
							end
				5'b11101:begin
							shift_out=temp>>29;
							shift_out[31]=reg_data[28];
							shift_out[30]=reg_data[27];
							shift_out[29]=reg_data[26];
							shift_out[28]=reg_data[25];
							shift_out[27]=reg_data[24];
							shift_out[26]=reg_data[23];
							shift_out[25]=reg_data[22];
							shift_out[24]=reg_data[21];
							shift_out[23]=reg_data[20];
							shift_out[22]=reg_data[19];
							shift_out[21]=reg_data[18];
							shift_out[20]=reg_data[17];
							shift_out[19]=reg_data[16];
							shift_out[18]=reg_data[15];
							shift_out[17]=reg_data[14];
							shift_out[16]=reg_data[13];
							shift_out[15]=reg_data[12];
							shift_out[14]=reg_data[11];
							shift_out[13]=reg_data[10];
							shift_out[12]=reg_data[9];
							shift_out[11]=reg_data[8];
							shift_out[10]=reg_data[7];
							shift_out[9]=reg_data[6];
							shift_out[8]=reg_data[5];
							shift_out[7]=reg_data[4];
							shift_out[6]=reg_data[3];
							shift_out[5]=reg_data[2];
							shift_out[4]=reg_data[1];
							shift_out[3]=reg_data[0];
							end		
				5'b11110:begin
							shift_out=temp>>30;
							shift_out[31]=reg_data[29];
							shift_out[30]=reg_data[28];
							shift_out[29]=reg_data[27];
							shift_out[28]=reg_data[26];
							shift_out[27]=reg_data[25];
							shift_out[26]=reg_data[24];
							shift_out[25]=reg_data[23];
							shift_out[24]=reg_data[22];
							shift_out[23]=reg_data[21];
							shift_out[22]=reg_data[20];
							shift_out[21]=reg_data[19];
							shift_out[20]=reg_data[18];
							shift_out[19]=reg_data[17];
							shift_out[18]=reg_data[16];
							shift_out[17]=reg_data[15];
							shift_out[16]=reg_data[14];
							shift_out[15]=reg_data[13];
							shift_out[14]=reg_data[12];
							shift_out[13]=reg_data[11];
							shift_out[12]=reg_data[10];
							shift_out[11]=reg_data[9];
							shift_out[10]=reg_data[8];
							shift_out[9]=reg_data[7];
							shift_out[8]=reg_data[6];
							shift_out[7]=reg_data[5];
							shift_out[6]=reg_data[4];
							shift_out[5]=reg_data[3];
							shift_out[4]=reg_data[2];
							shift_out[3]=reg_data[1];
							shift_out[2]=reg_data[0];
							end	
				5'b11111:begin
							shift_out=temp>>31;
							shift_out[31]=reg_data[30];
							shift_out[30]=reg_data[29];
							shift_out[29]=reg_data[28];
							shift_out[28]=reg_data[27];
							shift_out[27]=reg_data[26];
							shift_out[26]=reg_data[25];
							shift_out[25]=reg_data[24];
							shift_out[24]=reg_data[23];
							shift_out[23]=reg_data[22];
							shift_out[22]=reg_data[21];
							shift_out[21]=reg_data[20];
							shift_out[20]=reg_data[19];
							shift_out[19]=reg_data[18];
							shift_out[18]=reg_data[17];
							shift_out[17]=reg_data[16];
							shift_out[16]=reg_data[15];
							shift_out[15]=reg_data[14];
							shift_out[14]=reg_data[13];
							shift_out[13]=reg_data[12];
							shift_out[12]=reg_data[11];
							shift_out[11]=reg_data[10];
							shift_out[10]=reg_data[9];
							shift_out[9]=reg_data[8];
							shift_out[8]=reg_data[7];
							shift_out[7]=reg_data[6];
							shift_out[6]=reg_data[5];
							shift_out[5]=reg_data[4];
							shift_out[4]=reg_data[3];
							shift_out[3]=reg_data[2];
							shift_out[2]=reg_data[1];	
							shift_out[1]=reg_data[0];	
							end									
					endcase
				end
		 
	endcase
end
endmodule